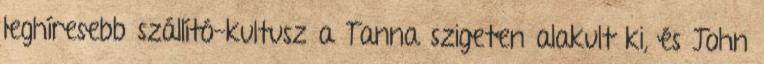
leghíresebb szállító-kultusz a Tanna szigeten alakult ki, és John